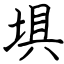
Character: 埧